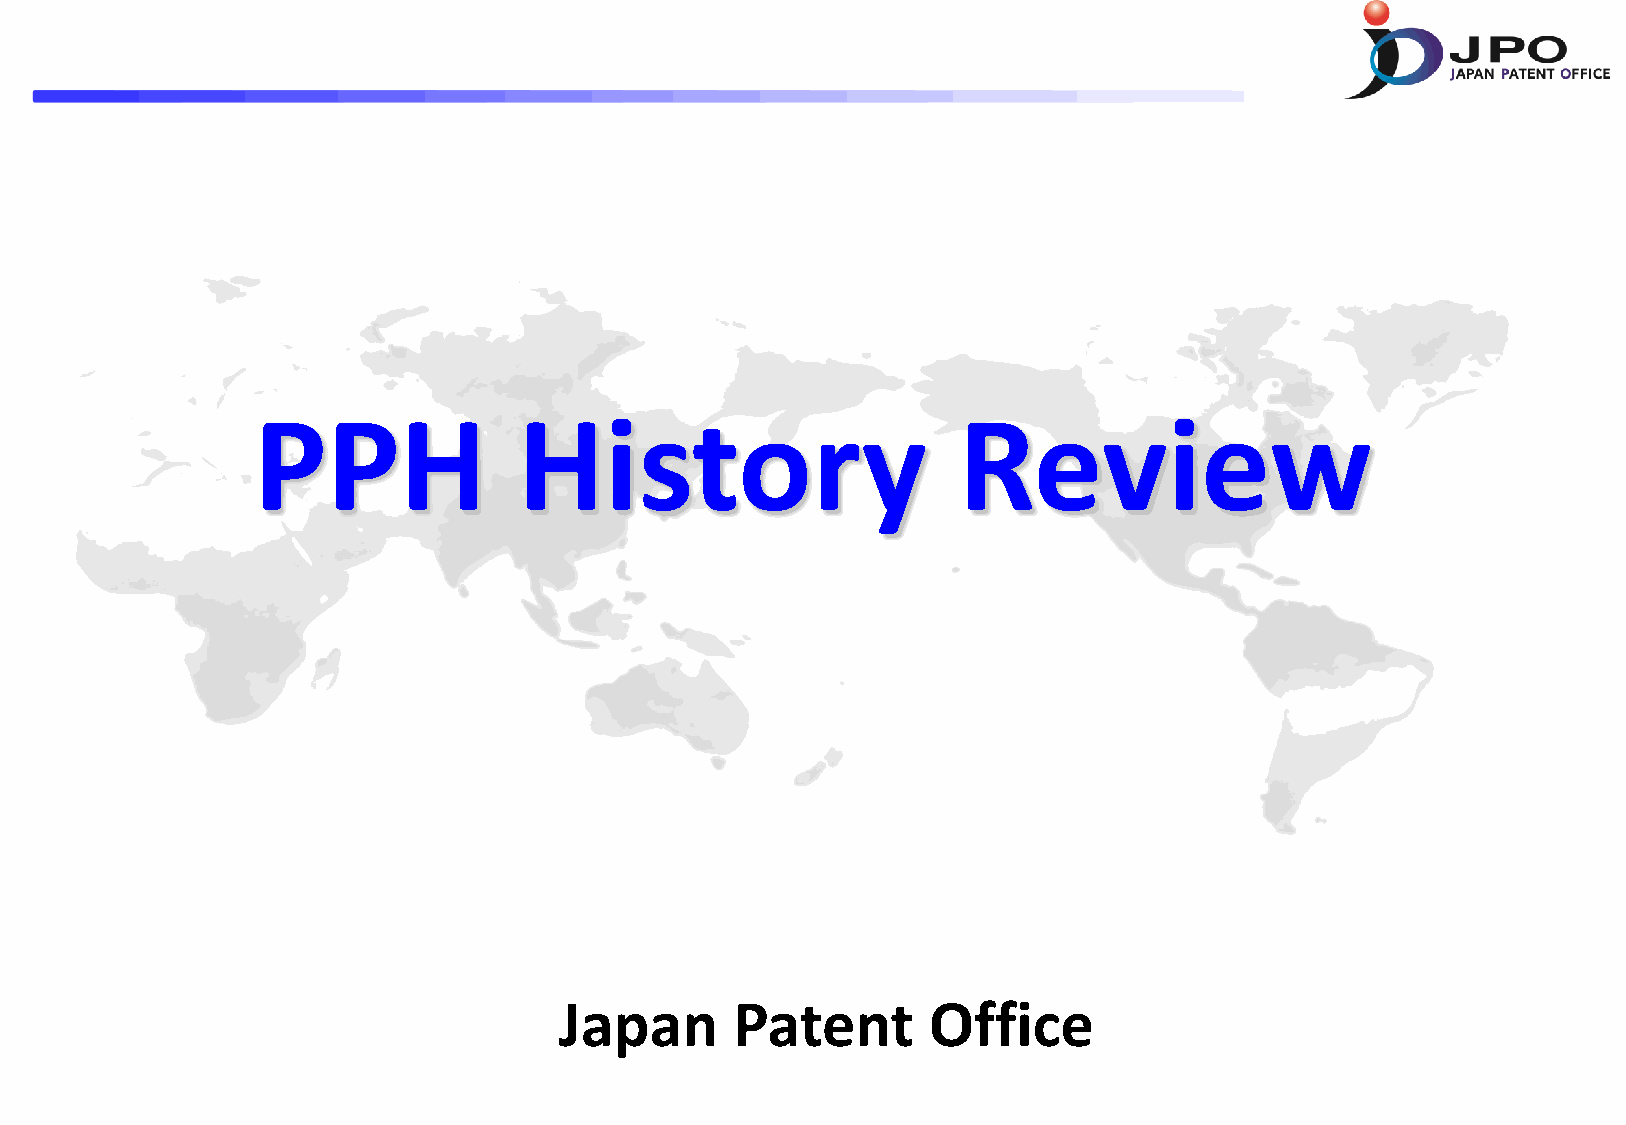
PPH              History                      Review
 Japan       Patent      Office